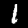
Digit: 1